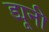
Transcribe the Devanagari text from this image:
ड्यूनी